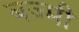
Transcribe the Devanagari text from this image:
बज्मी